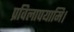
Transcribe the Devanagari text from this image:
प्रविलापयामि।